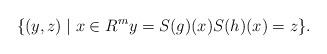
LaTeX: \begin{align*} \{(y,z)\mid x\in R^m y=S(g)(x)S(h)(x)=z\}.\end{align*}